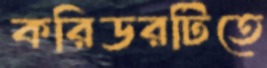
করিডরটিতে